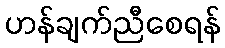
ဟန်ချက်ညီစေရန်